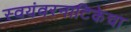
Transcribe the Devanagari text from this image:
स्वयंवरनाटिकेचा